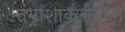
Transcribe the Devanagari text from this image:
तमाशाकलेतील